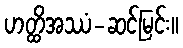
ဟတ္ထိအဿံ-ဆင်မြင်း။